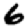
Digit: 6